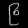
Digit: ၉